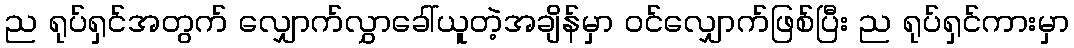
ည ရုပ်ရှင်အတွက် လျှောက်လွှာခေါ်ယူတဲ့အချိန်မှာ ဝင်လျှောက်ဖြစ်ပြီး ည ရုပ်ရှင်ကားမှာ